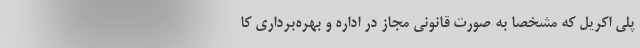
پلی اکریل که مشخصاً به صورت قانونی مجاز در اداره و بهره‌برداری کا